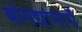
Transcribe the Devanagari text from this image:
बोगद्यांमार्गे